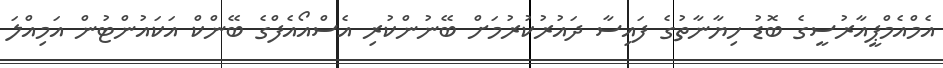
އެމްއެމްޕީއާރުސީގެ ބޮޑު ހިޔާނާތުގެ ފައިސާ ދައުރުކުރުމަށް ބޭނުންކުރި އެސްއޯއެފްގެ ބޭންކް އަކައުންޓުން އަމިއްލަ